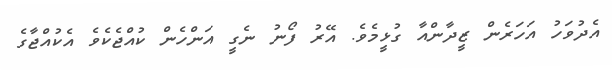
އެދުވަހު އަހަރެން ޒީދާންއާ ގުޅީމެވެ. އޭރު ފޯނު ނެގީ އަންހެން ކުއްޖެކެވެ އެކުއްޖާގެ